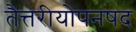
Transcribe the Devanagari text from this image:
तैत्तरीयोपनषद